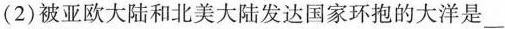
(2)被亚欧大陆和北美大陆发达国家环抱的大洋是___